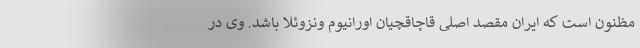
مظنون است که ایران مقصد اصلی قاچاقچیان اورانیوم ونزوئلا باشد. وی در